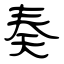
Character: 奏